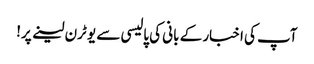
آپ کی اخبار کے بانی کی پالیسی سے یو ٹرن لینے پر!